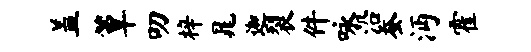
盖簟叨梓晁迦裂件咏沿蚕沔霍